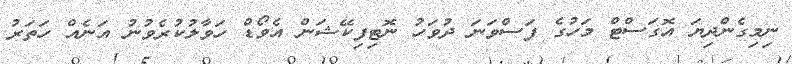
ނިމިގެންދިޔަ އޮގަސްޓް މަހުގެ ފަސްވަނަ ދުވަހު ނޮޓިފިކޭޝަން އެވޯޑް ހަވާލުކުރެވުނު އަނެއް ހަތަރު